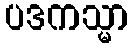
ပဒကသ္မာ